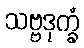
သဗ္ဗဒုက္ခံ